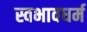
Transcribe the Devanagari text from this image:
स्वभावधर्म